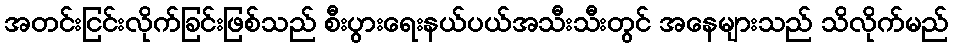
အတင်းငြင်းလိုက်ခြင်းဖြစ်သည် စီးပွားရေးနယ်ပယ်အသီးသီးတွင် အနေများသည် သိလိုက်မည်